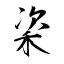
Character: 秶